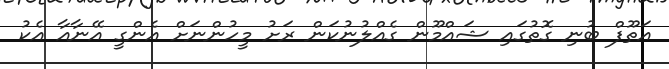
އަތޫފް ބުނި ގޮތުގައި ޝައްމޫން ގެއްލުނުކަން ރަށު މީހުންނަށް އެންގީ އޭނާއާ އެކު